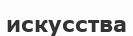
искусства